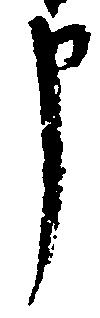
申